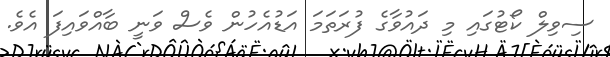
ސިވިލް ކޯޓުގައި މި ދައުވާގެ ފުރަތަމަ އަޑުއެހުން ވެސް ވަނީ ބާއްވައިފަ އެވެ.